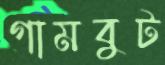
গামবুট